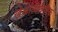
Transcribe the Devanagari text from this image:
खेळाव्यतिरिक्त